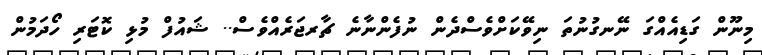
މިނޫން ގަޑިއެއްގަ ނޭނގުނުތަ ނިވޭކަށްވެސްދެން ނުފެންނާނެ ޗާރޖަރެއްވެސް.. ޝައުފް މުޅި ކޮޓަރި ހޯދަމުން